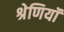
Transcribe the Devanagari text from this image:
श्रेणियॉं